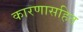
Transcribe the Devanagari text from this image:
कारणासहित